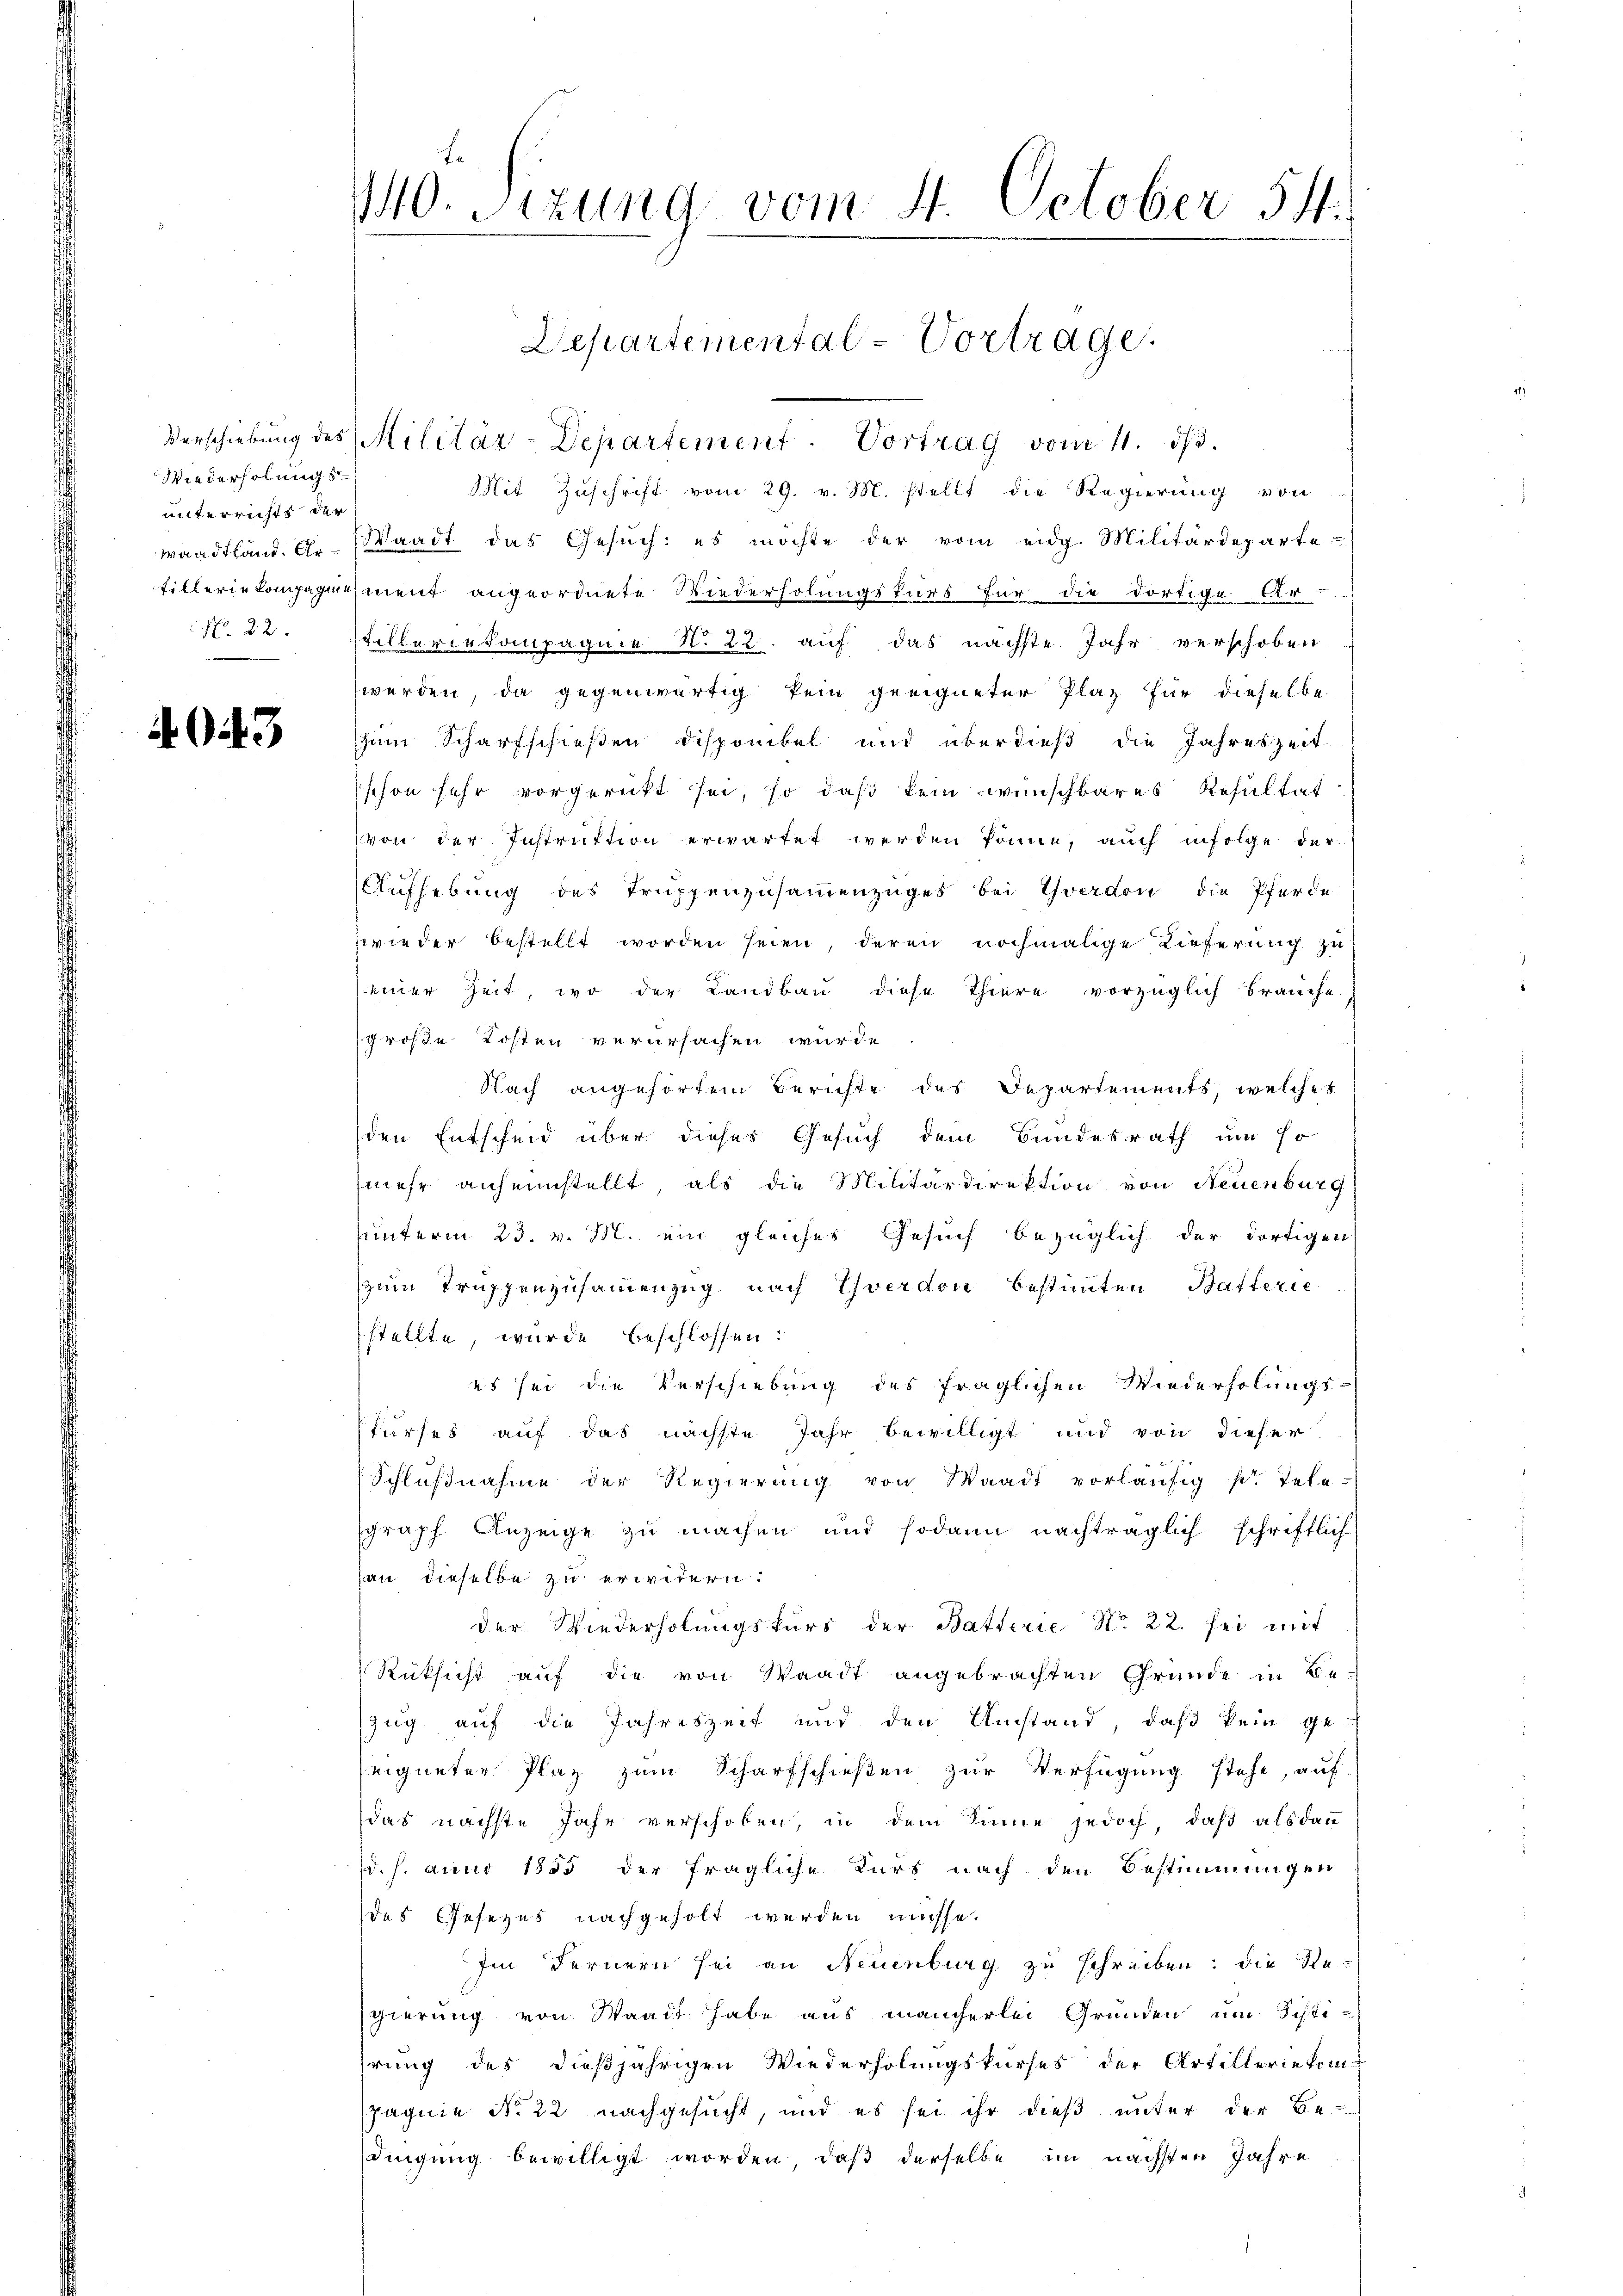
Wiederholung s
unterrichts der

3

140. Sizung vom 4. October 54.

Verschiebung des Militär-Departement. Vortrag vom 11. dβ.
Mit Zuschrift vom 29. v. M. stellt die Regierung von
wandtland. Dr Waadt das Gesuch: es möchte der vom eidg. Militärdeparte
filleriekompagnisment angeordnete Wiederholungskurs für die dortige Ar-
N° 22. Stilleriekompagnie N. 22. auf das nächste Jahr verschoben
werden, da gegenwärtig kein geeigneter Plaz für dieselbe
zum Scharfschießen Disponibel und überdieß die Jahreszeit
schon sehr vorgerückt sei, so daß kein wünschbares Resultat
von der Instruktion erwartet werden könne, auch infolge der
Aufhebung des Truppenzusammenzuges bei Yverdon die Pferde
wieder bestellt worden seien, deren nochmalige Lieferung zu
einer Zeit, wo der Landbau diese Thiere vorzüglich brauche
große Kosten verursachen wurde.
Nach angehörtem Berichte des Departements, welches
den Entscheid über dieses Gesuch dem Bundesrath um so
mehr anheimstellt, als die Militärdirektion von Neuenburg
unterm 23. v. M. ein gleiches Gesuch bezüglich der dortigen
zum Truppenzusammenzug nach Yverdon bestimmten Batterie
stellte, wurde beschlossen:
es sei die Verschiebung des fraglichen Wiederholungs-
Pfurses auf das nächste Jahr bewilligt und von dieser
Schlŭβnahme der Regierŭng von Waadt vorläŭfig pr. Tele-
graph Anzeige zu machen und sodann nachträglich schriftlich
an dieselbe zu erwidern.
der Wiederholungskurs der Batterie N. 22. sei mit
Rüksicht auf die von Waadt angebrachten Grunde in Be-
zug auf die Jahreszeit und den Umstand, daß kein ge-
seigneter Plaz zum Scharfschießen zur Verfügung stehe, auf
das nächste Jahr verschoben, in dem Sinne jedoch, daß als dann
(d. h. anno 1855 der fragliche Kurs nach den Bestimmungen
des Gesezes nachgeholt werden müsse.
Im Fernern sei an Neuenburg zu schreiben; die Stesgierung von Waadt habe aus mancherlei Gründen um Sisti-
hrung des dießjährigen Wiederholungskurses der Artillerietrinpagnie No 22 nachgesucht, und es sei ihr dieß unter der Be-
dingung bewilligt worden, daß derselbe im nächsten Jahre

Departemental-Vortrage.